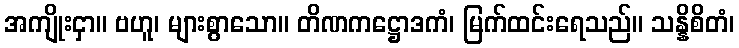
အကျိုးငှာ။ ဗဟူ၊ များစွာသော။ တိဏကဋ္ဌောဒကံ၊ မြက်ထင်းရေသည်။ သန္နိစိတံ၊